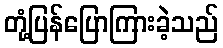
တုံ့ပြန်ပြောကြားခဲ့သည်